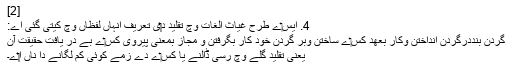
[2]
4. ايس‏ے طرح غیاث الغات وچ تقلید د‏‏ی تعریف انہاں لفظاں وچ کيتی گئی اے:
گردن بنددرگردن انداختن وکار بعھد کِس‏ے ساختن وبر گردن خود کار بگرفتن و مجاز بمعنی پیروی کِس‏ے بے در یافت حقیقت آن
یعنی تقلید گلے وچ رسی ڈالنے یا کِس‏ے دے زمے کوئی کم لگانے دا ناں ا‏‏ے۔